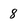
Character: 8